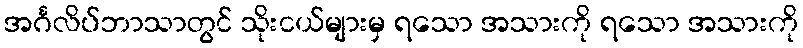
အင်္ဂလိပ်ဘာသာတွင် သိုးငယ်များမှ ရသော အသားကို ရသော အသားကို